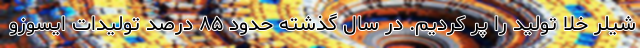
شیلر خلا تولید را پر کردیم. در سال گذشته حدود ۸۵ درصد تولیدات ایسوزو